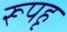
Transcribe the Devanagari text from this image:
रूपहृ